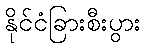
နိုင်ငံခြားစီးပွား